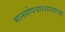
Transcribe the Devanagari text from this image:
मानसोपचारशास्त्राच्या